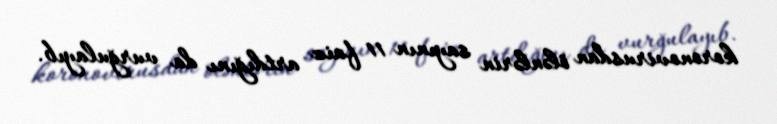
koronovirusdan ölənlərin sayının 11 faiz artdığını da vurğulayıb.